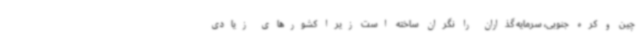
چین و کره جنوبی، سرمایه گذاران را نگران ساخته است زیرا کشورهای زیادی